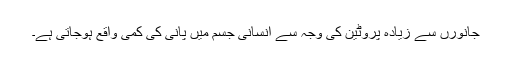
جانورں سے زیادہ پروٹین کی وجہ سے انسانی جسم میں پانی کی کمی واقع ہوجاتی ہے۔